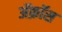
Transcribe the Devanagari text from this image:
ॲक्रॉस